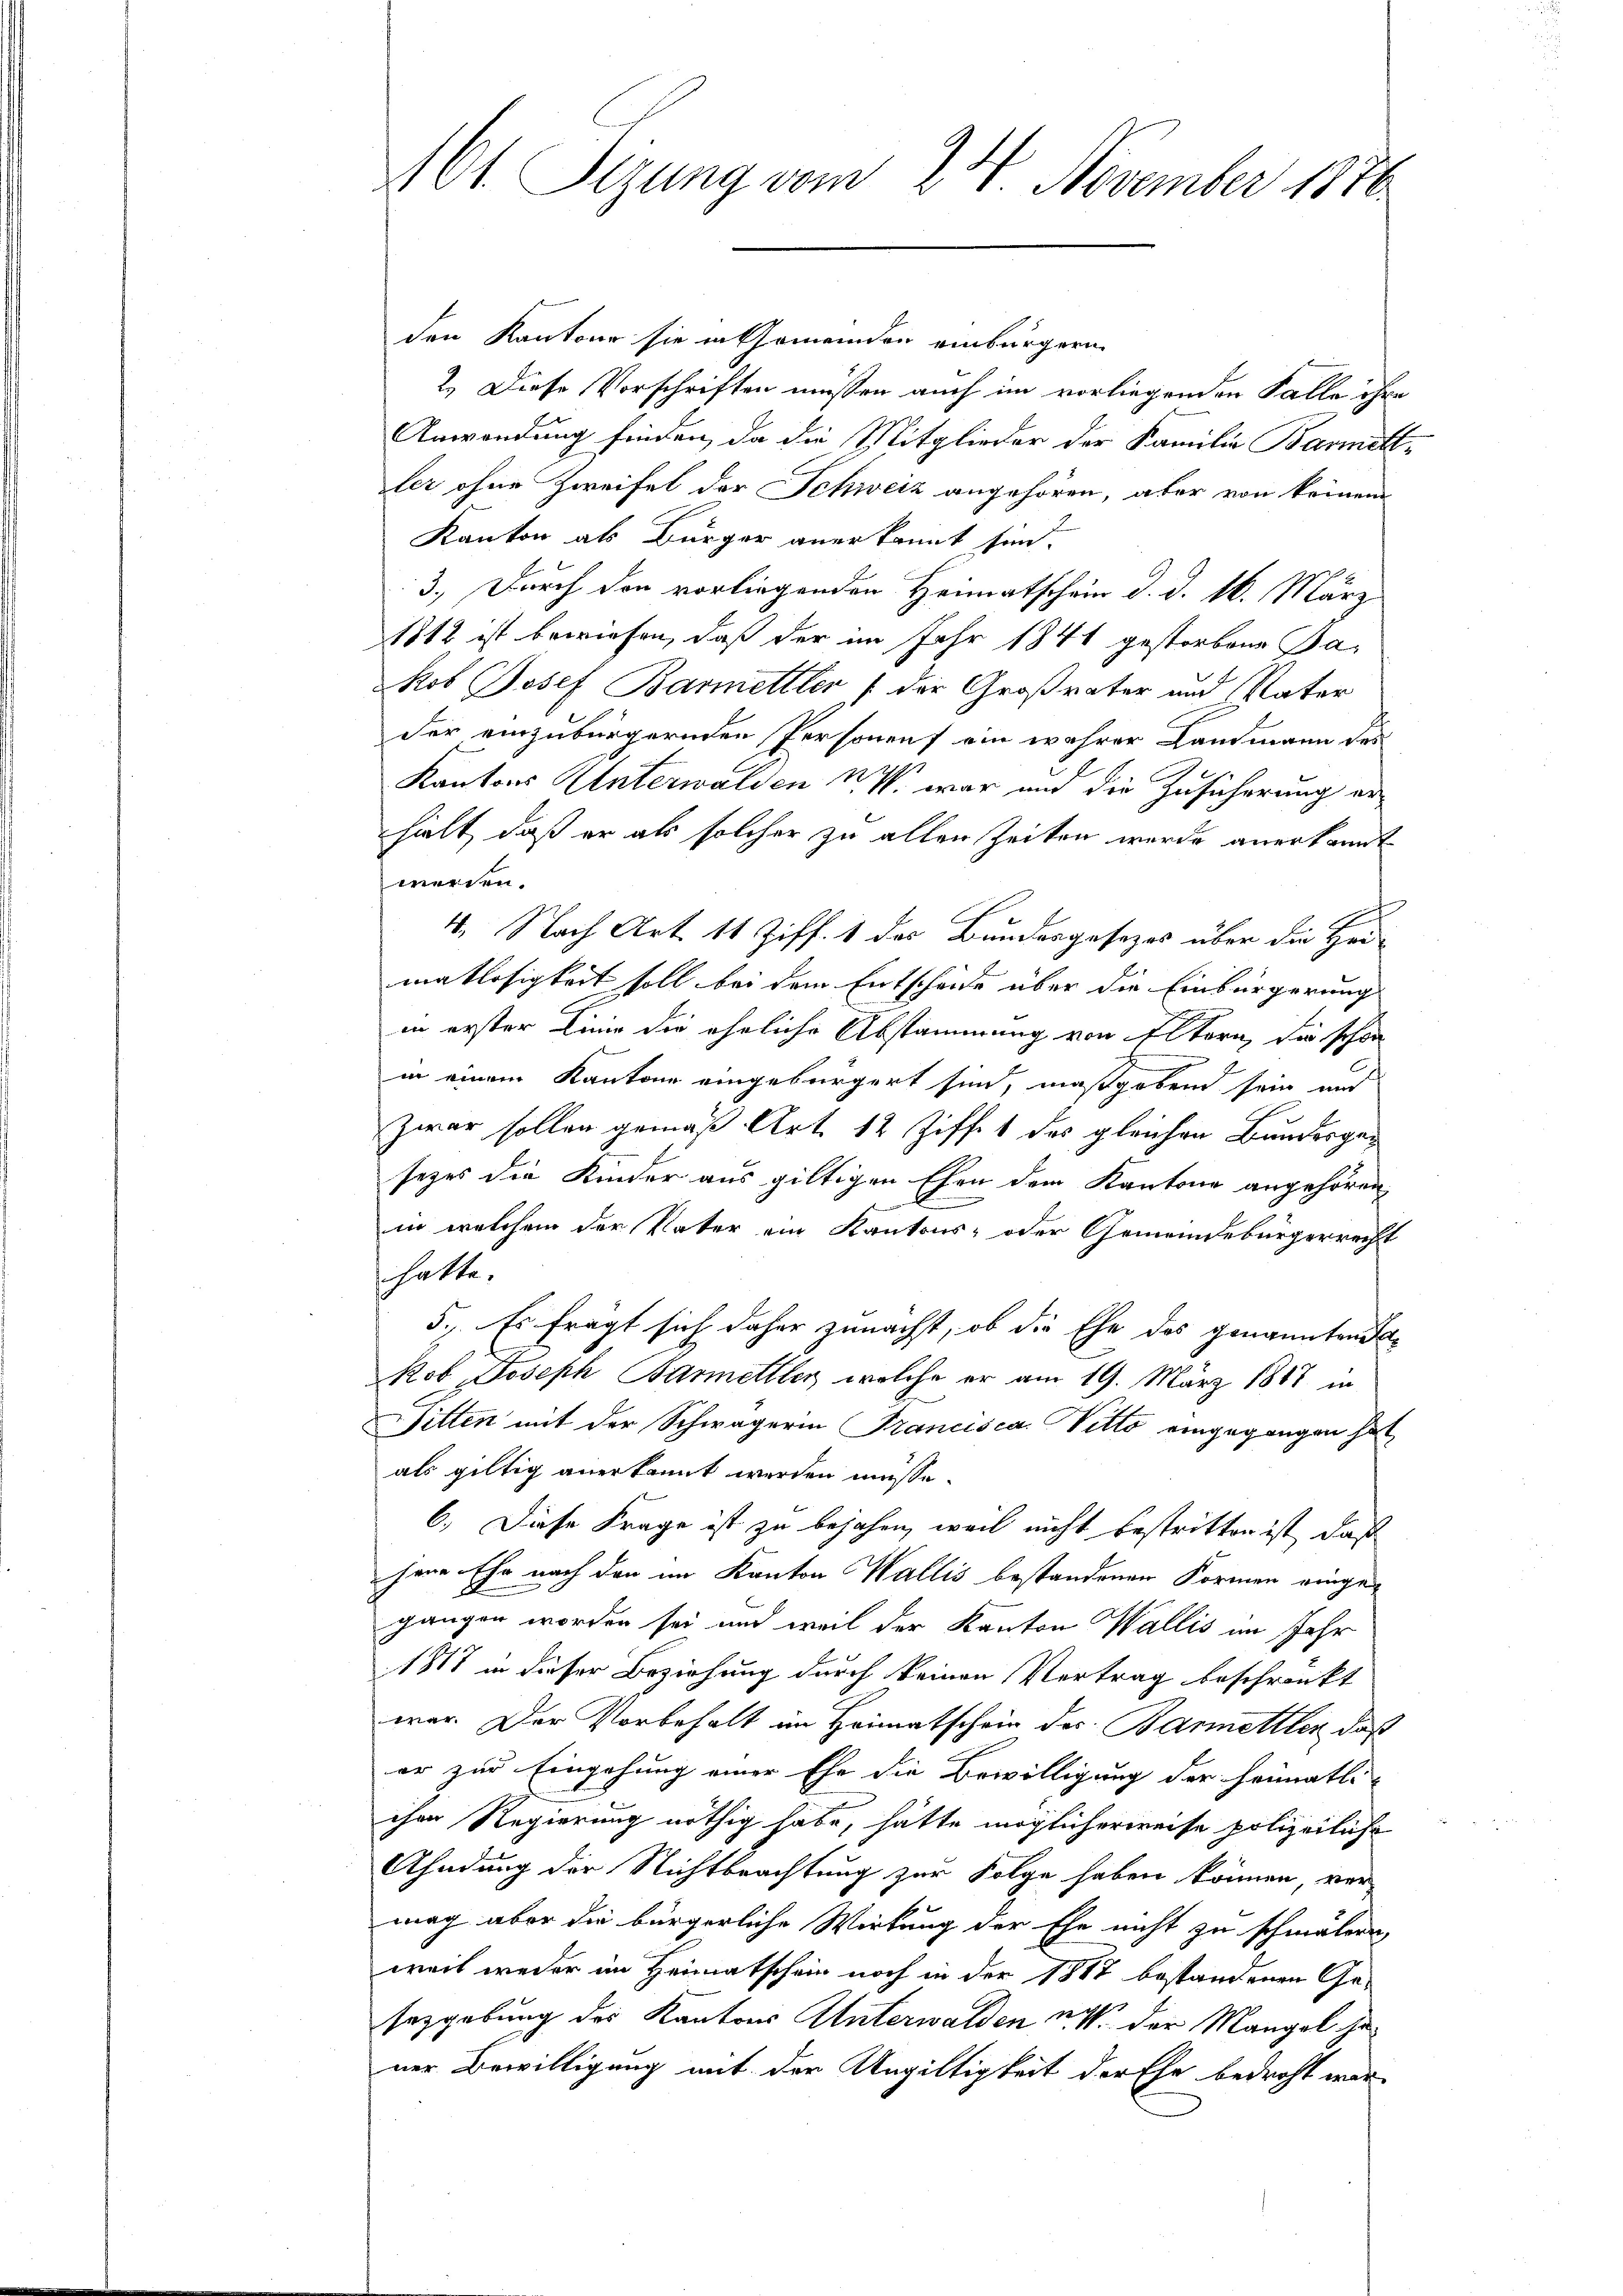
161. Sizung vom 24. November 1876

den Kantone sie in Gemeinden einbürgern
2.) Diese Vorschriften müssen auch im vorliegenden Falle ihre
Anwendung finden, da die Mitglieder der Familie Barmittler ohne Zweifel der Schweiz angehören, aber von keinem
Kanton als Bürger anerkannt sind.
3.) Durch den vorliegenden Heimatschein d. d. 16. März
1812 ist bewiesen, daß der im Jahr 1841 gestorbene Ba¬
Kob Josef Barmelller (der Großvater und Vater
der einzubürgernden Personen ein wehrer Landmann des
19
Kantons Unterwalden 4. war und die Zusicherung erhielt, daß er als solcher zu allen Zeiten werde anerkannt
werden.
4. Nach Art. 11 Ziff. 1 des Bundesgesezes über die Heimatlosigkeit soll bei dem Entscheide über die Einbürgerung
in erster Linie die eheliche Abstammung von Eltern, die schon
in einem Kantone eingebürgert sind, maßgebend sein und
Zwar sollen gemäß Art. 12 Ziffes des gleichen Bundesgesezes die Kinder aus giltigen Ehen dem Kantone angehören
in welchem der Vater ein Kantons- oder Gemeindebürgerrecht
hatte.
5., Es frägt sich daher zunächst, ob die Ehe des genannten a
Rob. Joseph Barmelller, welche er am 19. März 1848 in
Fitten mit der Schwägerin Francisca Vitto eingegangen hat,
als giltig anerkannt werden müsse.
6.) Diese Frage ist zu bejahen, weil nicht bestritten ist, daß
jene Ehe nach den im Kanton Wallis bestandenen Formen eingegangen worden sei und weil der Kanton Wallis im Jahr
1817 in dieser Beziehung durch keinen Vertrag beschränkt
war. Der Vorbehalt in Heimatschein des Barmettler, daß
er zur Eingehung einer Ehe die Bewilligung der Heimatli-
chen Regierung nöthig habe, hätte möglicherweise polizeiliche
Ahndung der Nichtbrachtung zur Folge haben können, ver-
mag aber die bürgerliche Wirkung der Ehe nicht zu schmälern,
weil weder im Heimatschein noch in der 1887 bestandenen Ge-
sezgebung des Kantons Unterwalden u. der Mangel haner Bewilligung mit der Ungültigkeit der Ehe bedroht war-